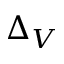
\Delta _ { V }